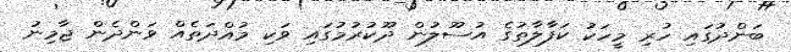
ބަންދުގައި ހުރި މީހަކު ކަފާލާތުގެ އުސޫލުން ދޫކުރުމުގައި ވަކި މުއްދަތެއް ވަންދެން ޖާމިނު